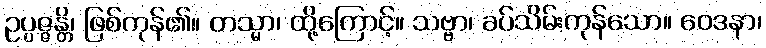
ဥပ္ပဇ္ဇန္တိ၊ ဖြစ်ကုန်၏။ တသ္မာ၊ ထို့ကြောင့်။ သဗ္ဗာ၊ ခပ်သိမ်းကုန်သော။ ဝေဒနာ၊